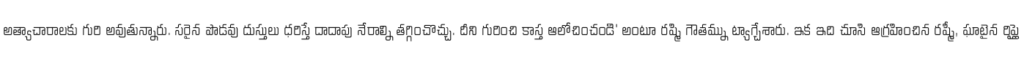
అత్యాచారాలకు గురి అవుతున్నారు. సరైన పొడవు దుస్తులు ధరిస్తే దాదాపు నేరాల్ని తగ్గించొచ్చు. దీని గురించి కాస్త ఆలోచించండి' అంటూ రష్మి గౌతమ్ను ట్యాగ్చేశారు. ఇక ఇది చూసి ఆగ్రహించిన రష్మీ, ఘాటైన రిప్లై